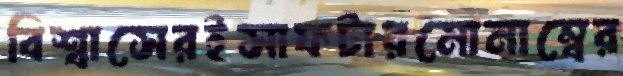
বিশ্বাসেরইসাফটারমোনাম্বের